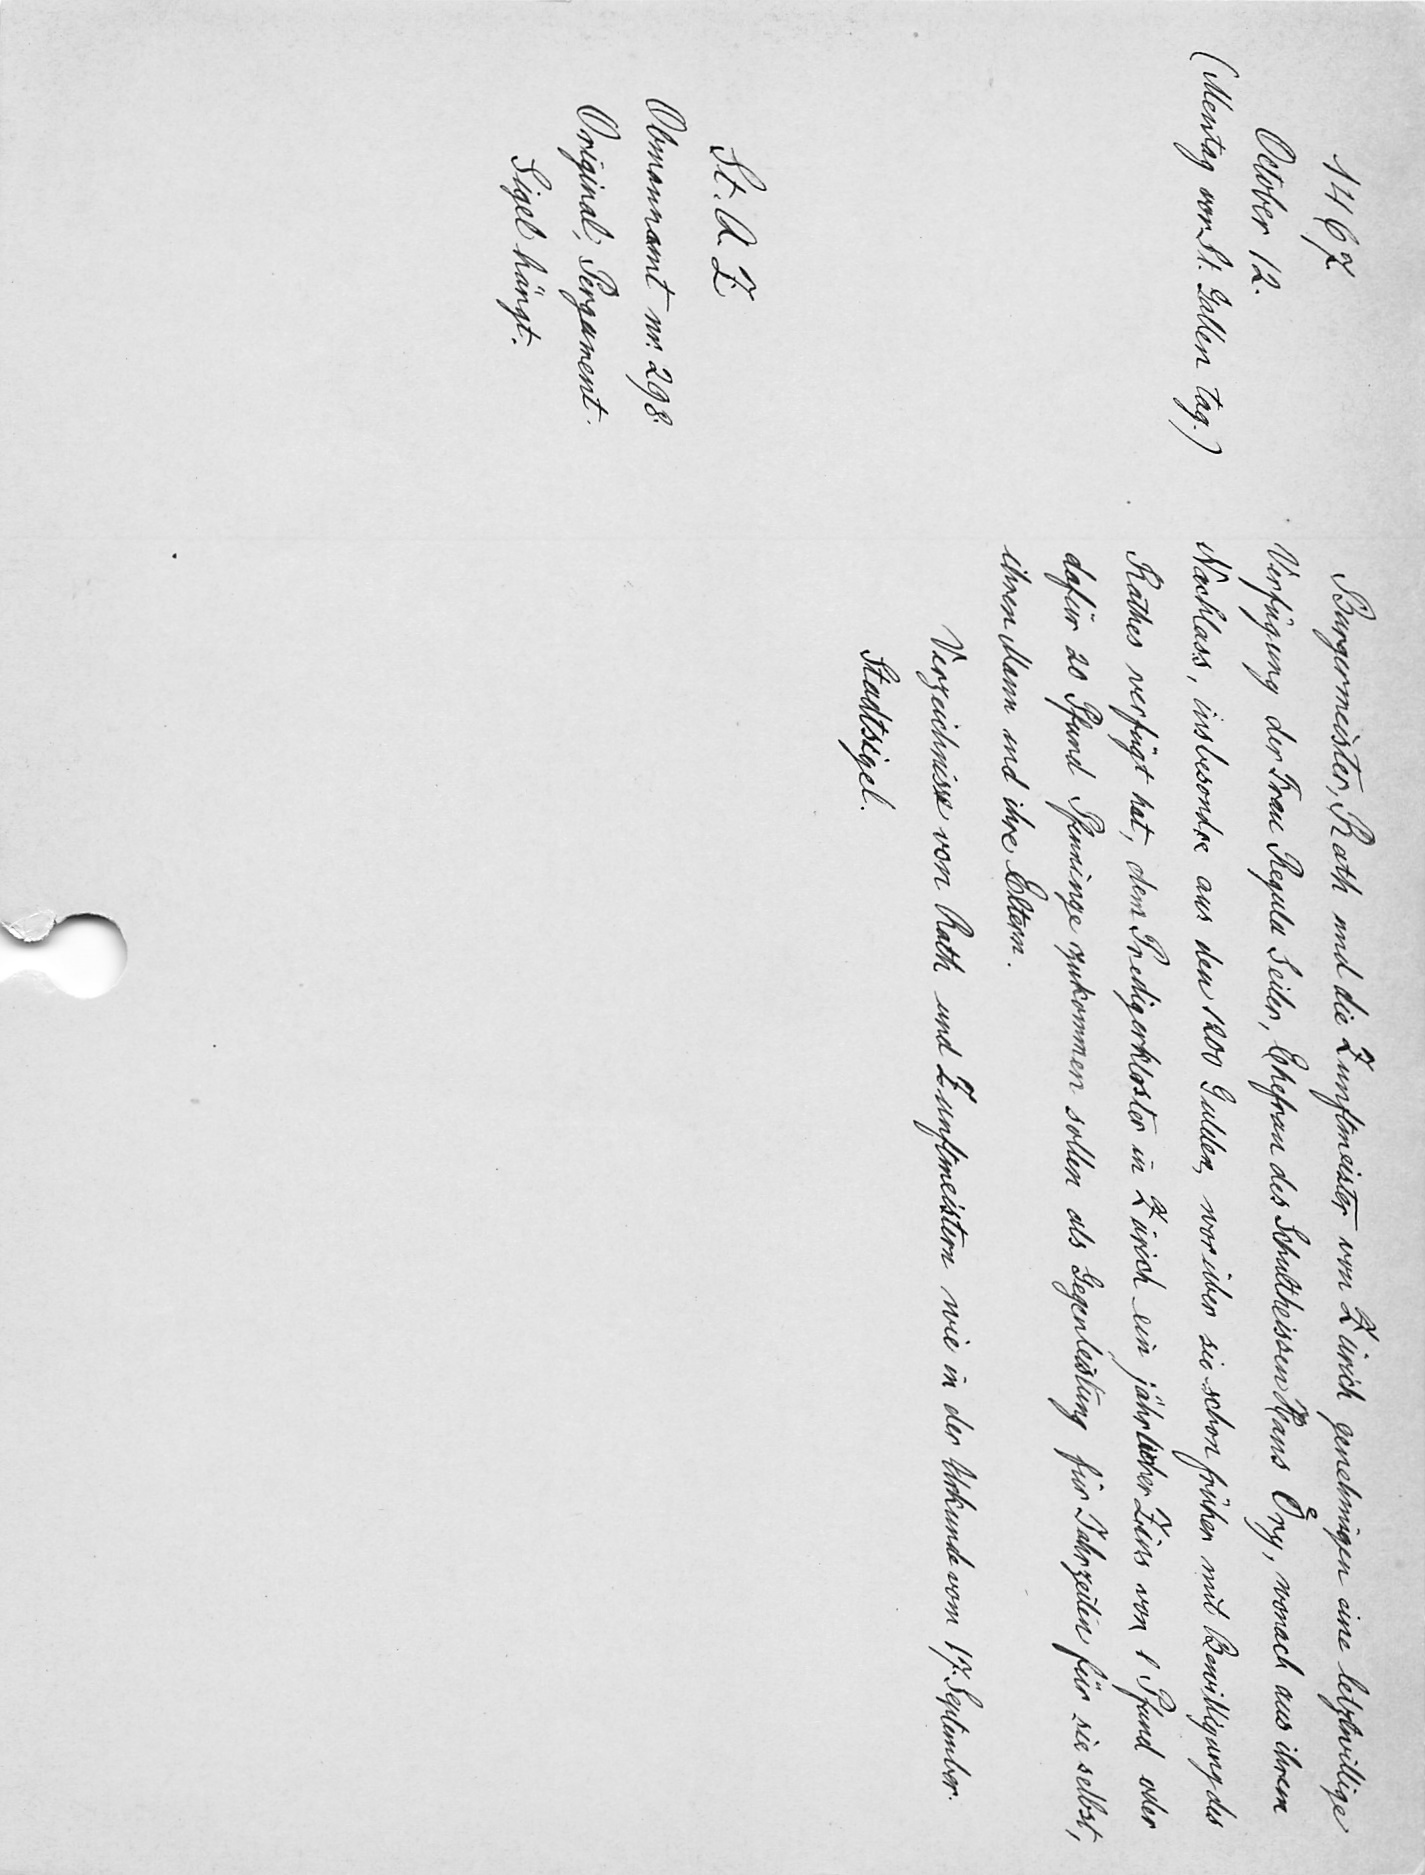
Burgermeister, Rath und die Zunftmeister von Zürich genehmigen eine letztwillige
Verfügung der Frau Regula Seiler, Ehefrau des Schultheissen Hans Oͤry, wonach aus ihrem
Nachlass, insbesondere aus den 1200 Gulden, worüber sie schon früher mit Bewilligung des
Rathes verfügt hat, dem Predigerkloster in Zürich ein jährlicher Zins von 1 Pfund oder
dafür 20 Pfund Pfenninge zukommen sollen als Gegenleistung für Jahrzeiten für sie selbst,
ihren Mann und ihre Eltern.
Verzeichnisse von Rath und Zunfmeistern wie in der Urkunde vom 17. September.
Stadtsigel.

1467
October 12
(Mentag vor St. Gallen tag)
St.AZ
Obmannamt nr. 298
Original Pergament.
Sigel hängt.